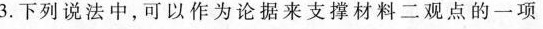
3. 下列说法中,可以作为论据来支撑材料二观点的一项